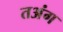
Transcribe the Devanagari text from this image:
तअंग